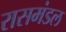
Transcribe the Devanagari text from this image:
रासमंडल